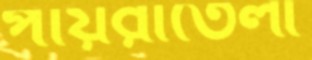
পায়রাতেলী